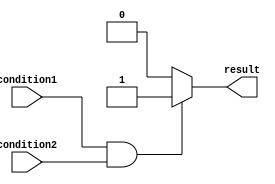
module conditional_block (
    input wire condition1,
    input wire condition2,
    output reg result
);

always @*
begin
    if (condition1 && condition2) begin
        // Code inside if block
        result = 1;
    end
    else begin
        // Code inside else block
        result = 0;
    end
end

endmodule